Source: Handwritten
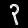
Digit: ၃ (3)